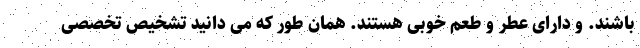
باشند. و دارای عطر و طعم خوبی هستند. همان طور که می دانید تشخیص تخصصی